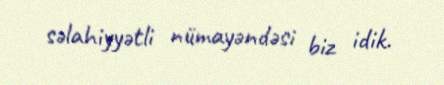
səlahiyyətli nümayəndəsi biz idik.